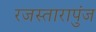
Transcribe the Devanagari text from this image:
रजस्तारापुंज